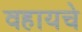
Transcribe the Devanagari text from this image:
वहायचे